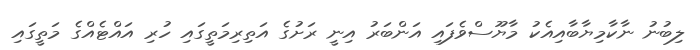
ލިބުނު ނާކާމިޔާބާއިއެކު މާޔޫސްވެފައި އަންބަރު އިނީ ރަށުގެ އަތިރިމަތީގައި ހުރި އައްޓެއްގެ މަތީގައި